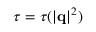
\tau = \tau ( | \mathbf q | ^ { 2 } )